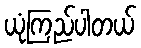
ယုံကြည်ပါတယ်